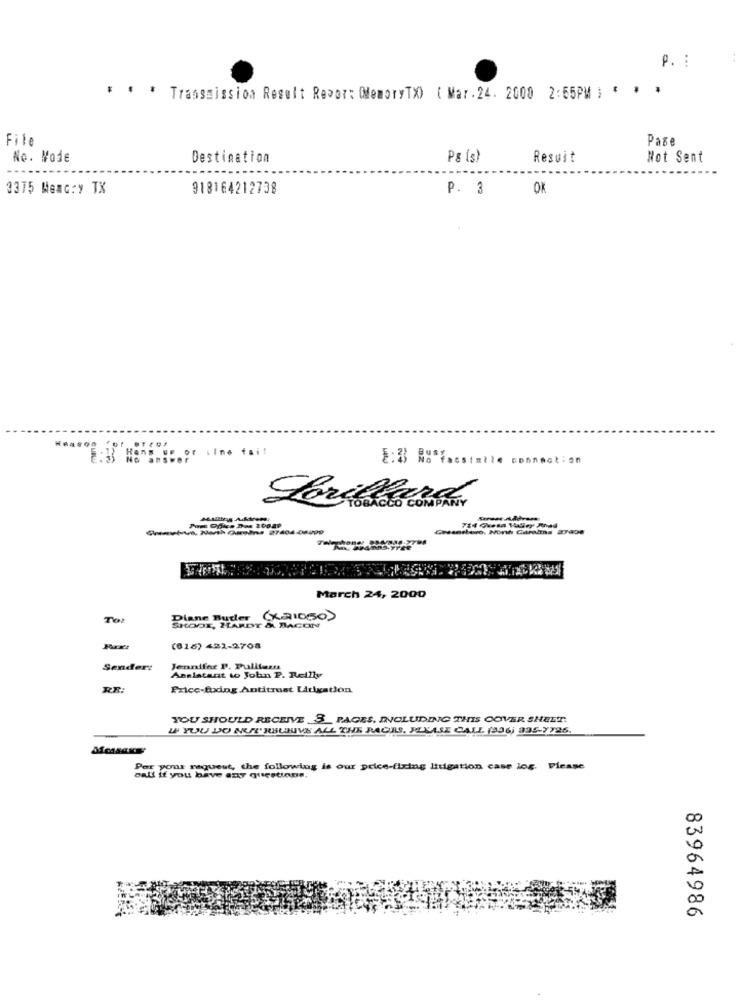
p. :
* * * Trassmission Result Repor: QlemoryTX) ( Mar . 24. 2000 2:55PM ; * * *
File
Page
Ne. Wode
Destination
PE (s )
Resuit
Not Sent
3375 Memory TX
918164212738
P. 3
OK
----- ú, North Carolina 21404-06090
March 24, 2000
Diane Buder
(X21050)
SHOOT, HARDY & BACON
(616) 421-2708
Sender:
Jennifer P. Pulitura
Assistant to John P. Reilly
RE:
Price-fixing Antitrust Litigation
YOU SHOULD RECEIVE _3 PAGES, INCLUDING THIS COVER SHEET.
U YOU DO NOT RECEIVE ALL THE PAGES. PLEASE CALL (936) 995-7726.
Per your request, the following is our price-fixing litigation case log. Ficase
BAL{ if you have any questions,
83964986